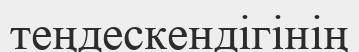
теңдескендігінің